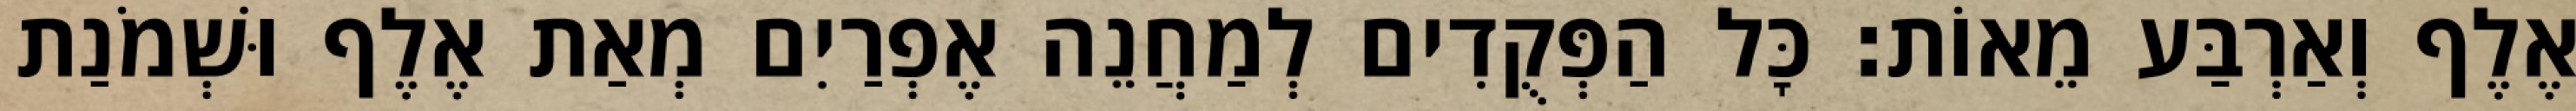
אֶלֶף וְאַרְבַּע מֵאוֹת׃ כָּל הַפְּקֻדִים לְמַחֲנֵה אֶפְרַיִם מְאַת אֶלֶף וּשְׁמֹנַת